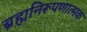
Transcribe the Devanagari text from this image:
ब्रह्मनिरूपणात्मक